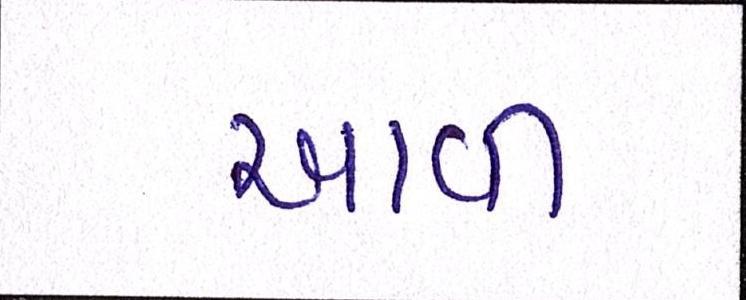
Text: આવી